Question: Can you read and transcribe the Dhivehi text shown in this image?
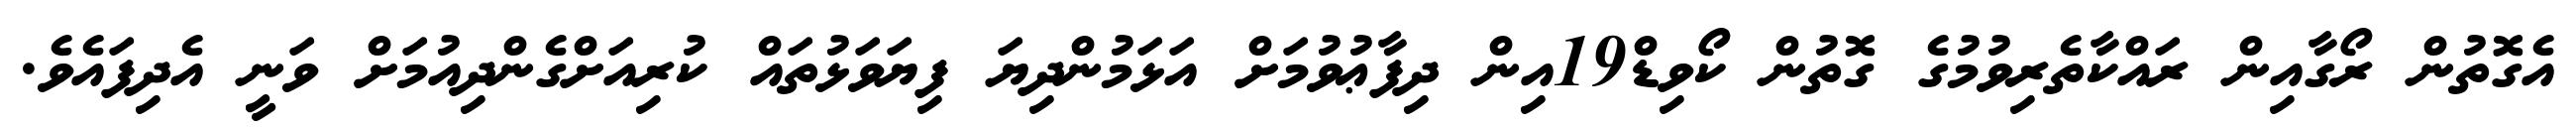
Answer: އެގޮތުން ރޯގާއިން ރައްކާތެރިވުމުގެ ގޮތުން ކޯވިޑް19އިން ދިފާޢުވުމަށް އަޅަމުންދިޔަ ފިޔަވަޅުތައް ކުރިއަށްގެންދިއުމަށް ވަނީ އެދިފައެވެ.